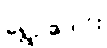
ရွှေဥဒေါင်း